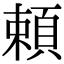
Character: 頼